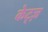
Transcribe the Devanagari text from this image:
केट्ज़